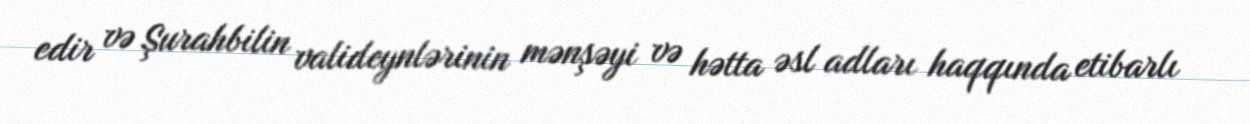
edir və Şurahbilin valideynlərinin mənşəyi və hətta əsl adları haqqında etibarlı